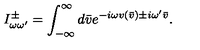
I _ { \omega \omega ^ { \prime } } ^ { \pm } = \int _ { - \infty } ^ { \infty } d \bar { v } e ^ { - i \omega v ( \bar { v } ) \pm i \omega ^ { \prime } \bar { v } } .